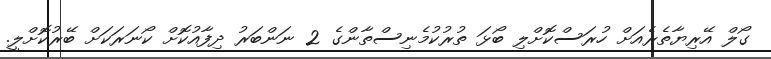
ގޯލް އޭރިޔާތެރެއަށް ހުރަސްކޮށްލި ބޯޅަ ތުރުކުމެނިސްތާންގެ 2 ނަންބަރު ދިފާއުކޮށް ކޯނަރަކަށް ބޭރުކޮށްލީ.